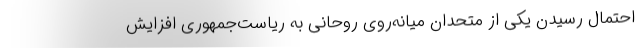
احتمال رسیدن یکی از متحدان میانه‌روی روحانی به ریاست‌جمهوری افزایش